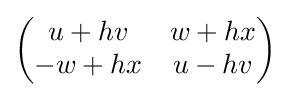
{\begin{pmatrix}u+hv&w+hx\\-w+hx&u-hv\end{pmatrix}}